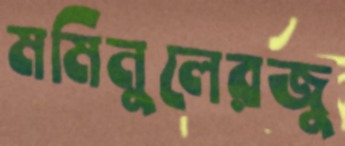
মমিনুলেরজু